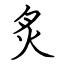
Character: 炙